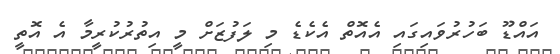
އައްޑޫ ބަހުރުވައިގައި އެއޮތް އެކެޑެ މި ލަފުޒަށް މީ އިތުރުކުރީމާ އެ އޮތީ